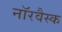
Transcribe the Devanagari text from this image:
नॉरवैस्क